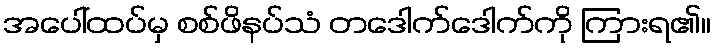
အပေါ်ထပ်မှ စစ်ဖိနပ်သံ တဒေါက်ဒေါက်ကို ကြားရ၏။